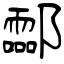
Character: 酃